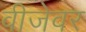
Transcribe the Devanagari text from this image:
वीजेवर